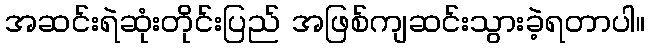
အဆင်းရဲဆုံးတိုင်းပြည် အဖြစ်ကျဆင်းသွားခဲ့ရတာပါ။